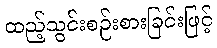
ထည့်သွင်းစဉ်းစားခြင်းဖြင့်